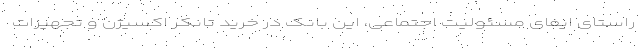
راستای ایفای مسئولیت اجتماعی، این بانک در خرید تانکر اکسیژن و تجهیزات